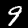
Digit: 9